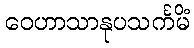
ဝေဟာသာနုပသင်္ကမိံ